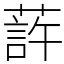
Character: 䔓